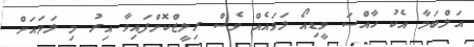
އަލްބަމާ އެކު ހާއްސަ ވީޑިއޯ ލަަވައެއް ވެސް ރިލީޒްކޮށްފައިވާ އިރު މި ލަވައަށް